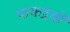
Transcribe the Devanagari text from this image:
पाकद्रवों